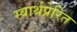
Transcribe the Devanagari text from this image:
स्वार्थप्रेरित